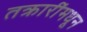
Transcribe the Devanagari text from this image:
तक्रारींमधून